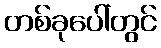
တစ်ခုပေါ်တွင်